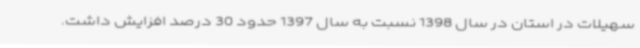
سهیلات در استان در سال 1398 نسبت به سال 1397 حدود 30 درصد افزایش داشت.